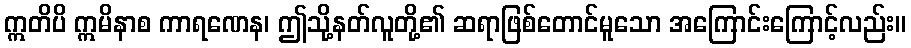
ဣတိပိ ဣမိနာစ ကာရဏေန၊ ဤသို့နတ်လူတို့၏ ဆရာဖြစ်တောင်မူသော အကြောင်းကြောင့်လည်း။